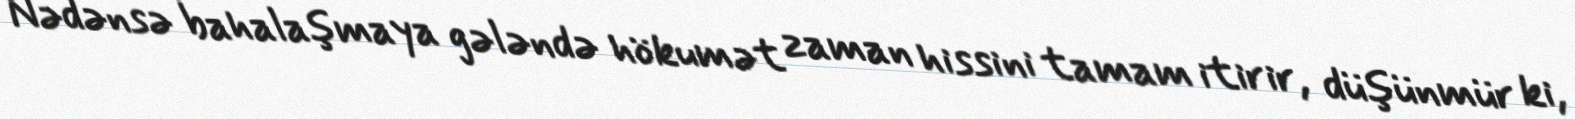
Nədənsə bahalaşmaya gələndə hökumət zaman hissini tamam itirir, düşünmür ki,